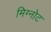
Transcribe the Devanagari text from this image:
मिग्नोट